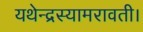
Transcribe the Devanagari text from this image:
यथेन्‍द्रस्‍यामरावती।